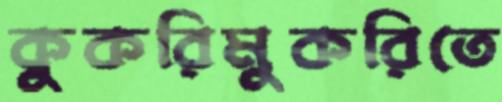
কুকরিমুকরিতে